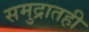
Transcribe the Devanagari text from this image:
समुद्रातही